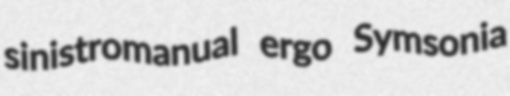
sinistromanual ergo Symsonia